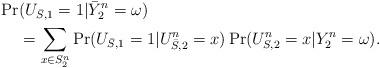
LaTeX: \begin{align*}\Pr&(U_{\bar{S},1}=1|{\bar{Y}}_2^n=\omega)\\&=\sum_{x\in S_2^n} \Pr(U_{\bar{S},1}=1|{U}_{\bar{S},2}^n=x)\Pr(U_{S,2}^n=x|Y_2^n=\omega).\end{align*}